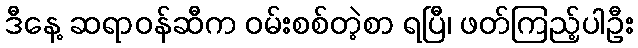
ဒီနေ့ ဆရာဝန်ဆီက ဝမ်းစစ်တဲ့စာ ရပြီ၊ ဖတ်ကြည့်ပါဦး